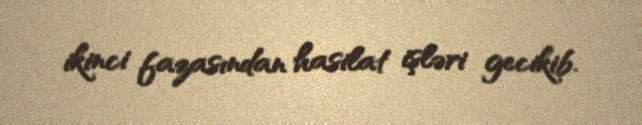
ikinci fazasından hasilat işləri gecikib.